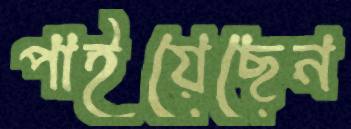
পাইয়েছেন